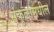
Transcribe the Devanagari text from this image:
संकुलामधील